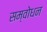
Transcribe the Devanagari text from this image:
सम्वोधन